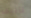
تأليف